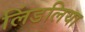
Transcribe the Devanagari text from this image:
लिंडलिया